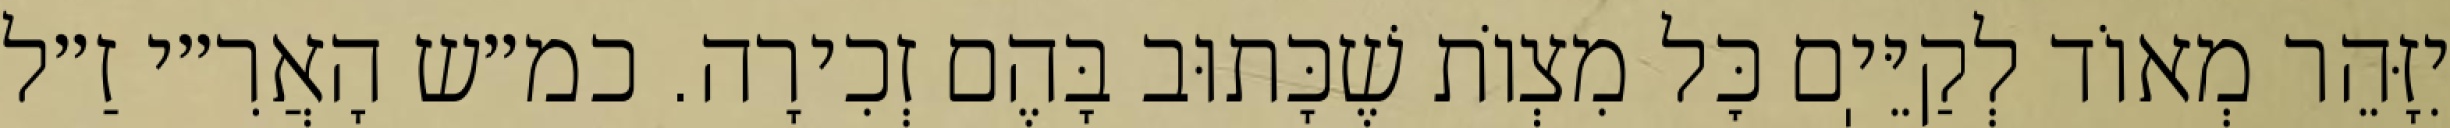
יִזָּהֵר מְאוֹד לְקַיֵּיֽם כׇּל מִצְוֹת שֶׁכָּתוּב בָּהֶם זְכִירָה. כמ״ש הָאֲרִ״י זַ״ל